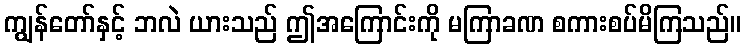
ကျွန်တော်နှင့် ဘလဲ ယားသည် ဤအကြောင်းကို မကြာခဏ စကားစပ်မိကြသည်။